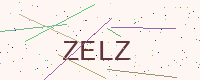
Text: ZELZ